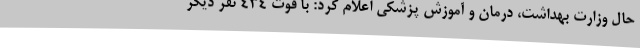
حال وزارت بهداشت، درمان و آموزش پزشکی اعلام کرد: با فوت ۴۳۴ نفر دیگر